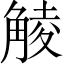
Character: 𧤁